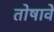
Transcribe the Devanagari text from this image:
तोषावें